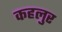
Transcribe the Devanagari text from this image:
कहलुर